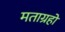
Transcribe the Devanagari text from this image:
मताग्रहों